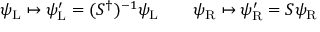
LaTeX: \psi _ { \mathrm { { L } } } \mapsto \psi _ { \mathrm { { L } } } ^ { \prime } = ( S ^ { \dagger } ) ^ { - 1 } \psi _ { \mathrm { { L } } } \qquad \psi _ { \mathrm { { R } } } \mapsto \psi _ { \mathrm { { R } } } ^ { \prime } = S \psi _ { \mathrm { { R } } }